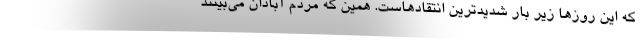
که این روزها زیر بار شدیدترین انتقادهاست. همین که مردم آبادان می‌بینند